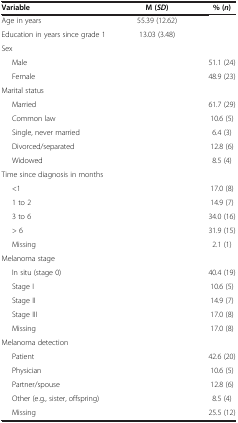
<table><thead><tr><td><b>Variable</b></td><td><b>M (<i>SD </i>)</b></td><td><b>% (<i>n </i>)</b></td></tr></thead><tbody><tr><td>Age in years</td><td>55.39 (12.62)</td><td> </td></tr><tr><td>Education in years since grade 1</td><td>13.03 (3.48)</td><td> </td></tr><tr><td>Sex</td><td> </td><td> </td></tr><tr><td>Male</td><td> </td><td>51.1 (24)</td></tr><tr><td>Female</td><td> </td><td>48.9 (23)</td></tr><tr><td>Marital status</td><td> </td><td> </td></tr><tr><td>Married</td><td> </td><td>61.7 (29)</td></tr><tr><td>Common law</td><td> </td><td>10.6 (5)</td></tr><tr><td>Single, never married</td><td> </td><td>6.4 (3)</td></tr><tr><td>Divorced/separated</td><td> </td><td>12.8 (6)</td></tr><tr><td>Widowed</td><td> </td><td>8.5 (4)</td></tr><tr><td>Time since diagnosis in months</td><td> </td><td> </td></tr><tr><td>&lt;1</td><td> </td><td>17.0 (8)</td></tr><tr><td>1 to 2</td><td> </td><td>14.9 (7)</td></tr><tr><td>3 to 6</td><td> </td><td>34.0 (16)</td></tr><tr><td>&gt; 6</td><td> </td><td>31.9 (15)</td></tr><tr><td>Missing</td><td> </td><td>2.1 (1)</td></tr><tr><td>Melanoma stage</td><td> </td><td> </td></tr><tr><td>In situ (stage 0)</td><td> </td><td>40.4 (19)</td></tr><tr><td>Stage I</td><td> </td><td>10.6 (5)</td></tr><tr><td>Stage II</td><td> </td><td>14.9 (7)</td></tr><tr><td>Stage III</td><td> </td><td>17.0 (8)</td></tr><tr><td>Missing</td><td> </td><td>17.0 (8)</td></tr><tr><td>Melanoma detection</td><td> </td><td> </td></tr><tr><td>Patient</td><td> </td><td>42.6 (20)</td></tr><tr><td>Physician</td><td> </td><td>10.6 (5)</td></tr><tr><td>Partner/spouse</td><td> </td><td>12.8 (6)</td></tr><tr><td>Other (e.g., sister, offspring)</td><td> </td><td>8.5 (4)</td></tr><tr><td>Missing</td><td> </td><td>25.5 (12)</td></tr></tbody></table>